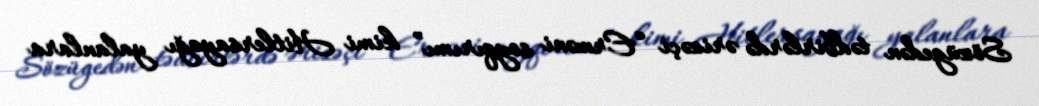
Sözügedən tədbirlərdə ərizəçi “Erməni soyqırımı” kimi Hitlersayağı yalanlara